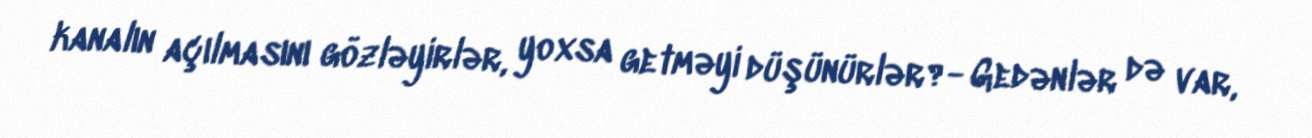
kanalın açılmasını gözləyirlər, yoxsa getməyi düşünürlər?- Gedənlər də var,